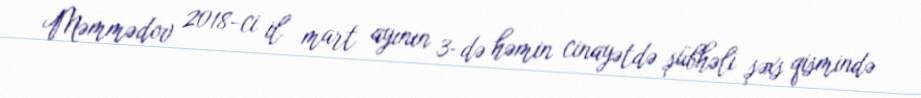
Məmmədov 2018-ci il mart ayının 3-də həmin cinayətdə şübhəli şəxs qismində